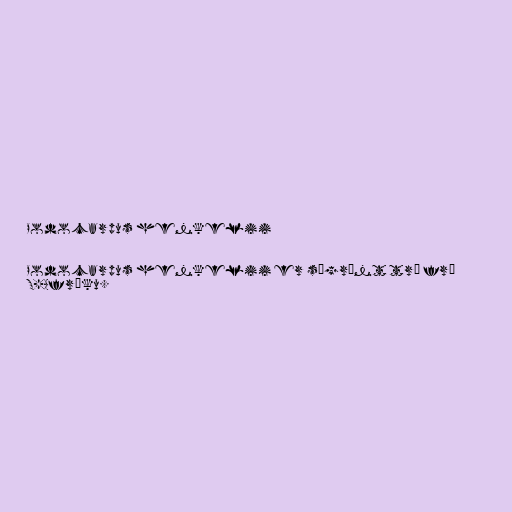
Podocarpus henkelii

Podocarpus henkelii er sígrænt tré frá
S-Afríku.